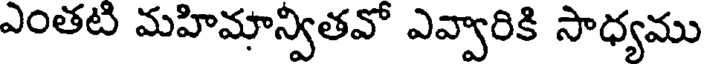
ఎంతటి మహిమాన్వితవో ఎవ్వారికి సాధ్యము